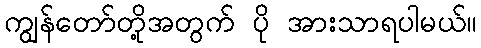
ကျွန်တော်တို့အတွက် ပို အားသာရပါမယ်။